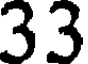
33